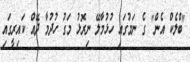
"ބްލެކް އެން" ގެ ނަމުގައި ހުޅުމާލޭ ނިރޮޅު މަގު ހުދުމާ ދޭއް ކައިރީގައި